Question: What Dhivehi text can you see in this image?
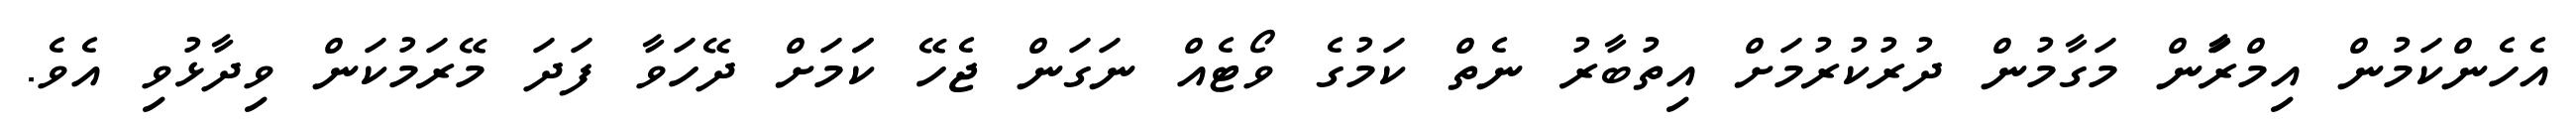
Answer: އެހެންކަމުން އިމްރާަން މަގާމުން ދުރުކުރުމަށް އިތުބާރު ނެތް ކަމުގެ ވޯޓެއް ނަގަން ޖެހޭ ކަަމަށް ދޭހަވާ ފަދަ މޭރަމުކަން ވިދާޅުވި އެވެ.